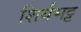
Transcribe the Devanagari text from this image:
शिर्यभट्ट